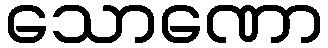
သောဏော